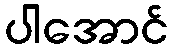
ပါအောင်